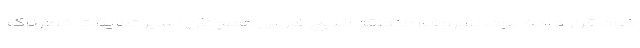
خود قرار داده بود. لاوروف: منطقه خلیج فارس همچنان اسیر تمایلات خطرناک